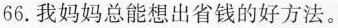
66.我妈妈总能想出省钱的好方法。